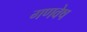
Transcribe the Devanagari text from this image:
गणवेष